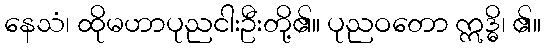
နေသံ၊ ထိုမဟာပုညငါးဦးတို့၏။ ပုညဝတော ဣဒ္ဓိ၊ ၏။